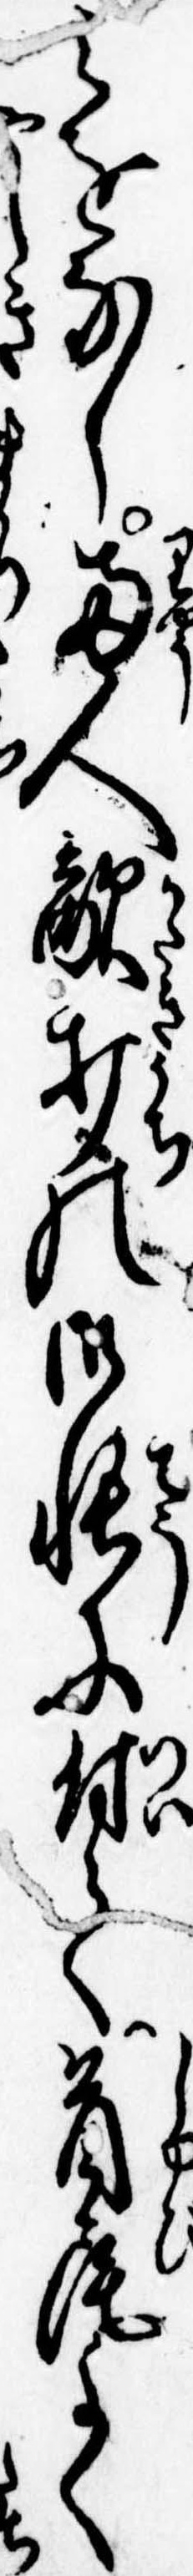
みをなし両人敵打の御帳に付て首尾よく